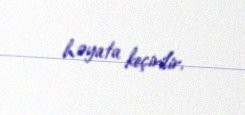
həyata keçirilir.